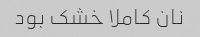
نان کاملا خشک بود